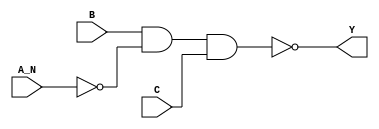
/*
 * Copyright 2020 The SkyWater PDK Authors
 *
 * Licensed under the Apache License, Version 2.0 (the "License");
 * you may not use this file except in compliance with the License.
 * You may obtain a copy of the License at
 *
 *     https://www.apache.org/licenses/LICENSE-2.0
 *
 * Unless required by applicable law or agreed to in writing, software
 * distributed under the License is distributed on an "AS IS" BASIS,
 * WITHOUT WARRANTIES OR CONDITIONS OF ANY KIND, either express or implied.
 * See the License for the specific language governing permissions and
 * limitations under the License.
 *
 * SPDX-License-Identifier: Apache-2.0
*/


`ifndef SKY130_FD_SC_HD__NAND3B_FUNCTIONAL_V
`define SKY130_FD_SC_HD__NAND3B_FUNCTIONAL_V

/**
 * nand3b: 3-input NAND, first input inverted.
 *
 * Verilog simulation functional model.
 */

`timescale 1ns / 1ps
`default_nettype none

`celldefine
module sky130_fd_sc_hd__nand3b (
    Y  ,
    A_N,
    B  ,
    C
);

    // Module ports
    output Y  ;
    input  A_N;
    input  B  ;
    input  C  ;

    // Local signals
    wire not0_out   ;
    wire nand0_out_Y;

    //   Name   Output       Other arguments
    not  not0  (not0_out   , A_N            );
    nand nand0 (nand0_out_Y, B, not0_out, C );
    buf  buf0  (Y          , nand0_out_Y    );

endmodule
`endcelldefine

`default_nettype wire
`endif  // SKY130_FD_SC_HD__NAND3B_FUNCTIONAL_V